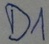
Text: D1